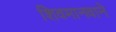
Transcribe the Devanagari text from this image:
शिवमानवाने